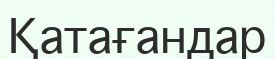
Қатағандар